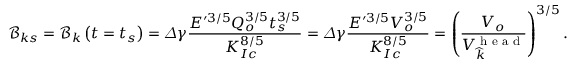
\mathcal { B } _ { k s } = \mathcal { B } _ { k } \left( t = t _ { s } \right) = \varDelta \gamma \frac { E ^ { \prime 3 / 5 } Q _ { o } ^ { 3 / 5 } t _ { s } ^ { 3 / 5 } } { K _ { I c } ^ { 8 / 5 } } = \varDelta \gamma \frac { E ^ { \prime 3 / 5 } V _ { o } ^ { 3 / 5 } } { K _ { I c } ^ { 8 / 5 } } = \left( \frac { V _ { o } } { V _ { \widehat { k } } ^ { \textrm { h e a d } } } \right) ^ { 3 / 5 } .